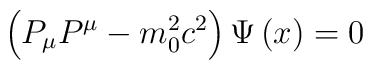
\left( P_{\mu }P^{\mu }-m_{0}^{2}c^{2}\right) \Psi \left( x\right) =0